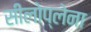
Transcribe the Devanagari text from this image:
सीलोप्लेना